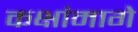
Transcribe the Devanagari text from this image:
कक्षांमागे